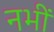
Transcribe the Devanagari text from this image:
नभीं